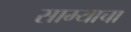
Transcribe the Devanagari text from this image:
साम्याचा